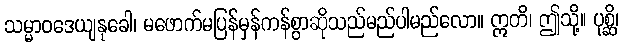
သမ္မာဝဒေယျနုခေါ၊ မဖောက်မပြန်မှန်ကန်စွာဆိုသည်မည်ပါမည်လော။ ဣတိ၊ ဤသို့။ ပုစ္ဆိ၊